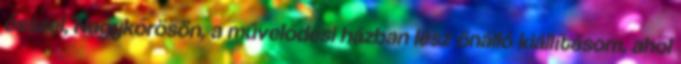
ősszel, Nagykőrösön, a művelődési házban lesz önálló kiállításom, ahol